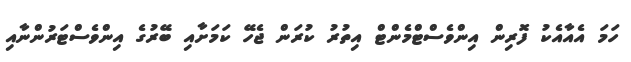
ހަމަ އެއާއެކު ފޮރިން އިންވެސްޓްމެންޓް އިތުރު ކުރަން ޖެހޭ ކަމަށާއި ބޭރުގެ އިންވެސްޓަރުންނާއި